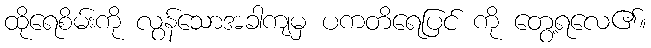
ထိုရေစိမ်းကို လွန်သောအခါကျမှ ပကတိရေပြင် ကို တွေ့ရလေ၏။